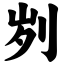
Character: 刿